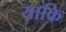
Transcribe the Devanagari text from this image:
याकि